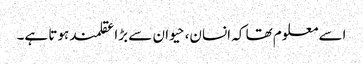
اسے معلوم تھا کہ انسان، حیوان سے بڑا عقلمند ہوتا ہے۔